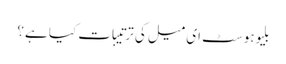
بلیوہوسٹ ای میل کی ترتیبات کیا ہے؟